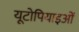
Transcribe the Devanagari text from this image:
यूटोपियाइओं